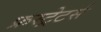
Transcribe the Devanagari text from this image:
फ्रस्ट्रेटर्स